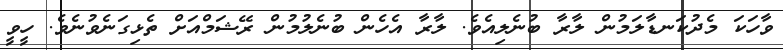
ވާހަކަ މެދުކަނޑާލަމުން ލާރާ ބުނެލިއެވެ. ލާރާ އެހެން ބުނެލުމުން ރޭޝަމްއަށް ތެޅިގަނެވުނެވެ. ހީވީ